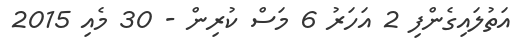
އަތުލައިގެންފި 2 އަހަރު 6 މަސް ކުރިން - 30 މެއި 2015